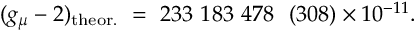
( g _ { \mu } - 2 ) _ { \mathrm { t h e o r . } } ~ = ~ 2 3 3 ~ 1 8 3 ~ 4 7 8 ~ ~ ( 3 0 8 ) \times 1 0 ^ { - 1 1 } .